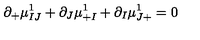
\partial _ { + } \mu _ { I J } ^ { 1 } + \partial _ { J } \mu _ { + I } ^ { 1 } + \partial _ { I } \mu _ { J + } ^ { 1 } = 0